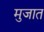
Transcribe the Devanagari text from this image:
मुजात